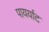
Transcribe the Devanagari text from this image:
पायर्याट